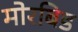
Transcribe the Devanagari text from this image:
मोरबिड